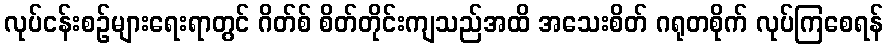
လုပ်ငန်းစဉ်များရေးရာတွင် ဂိတ်စ် စိတ်တိုင်းကျသည်အထိ အသေးစိတ် ဂရုတစိုက် လုပ်ကြစေရန်